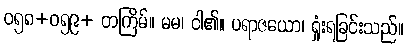
ဝ၅၈+ဝ၅၉+ တကြိမ်။ မမ၊ ငါ၏။ ပရာဇယော၊ ရှုံးရခြင်းသည်။